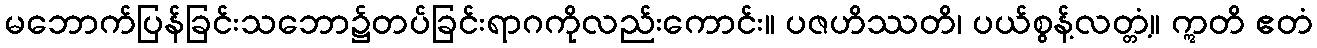
မဘောက်ပြန်ခြင်းသဘော၌တပ်ခြင်းရာဂကိုလည်းကောင်း။ ပဇဟိဿတိ၊ ပယ်စွန့်လတ္တံ့။ ဣတိ ဧတံ